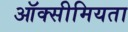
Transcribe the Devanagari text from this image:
ऑक्सीमियता